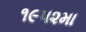
૧૯૫૨મા